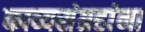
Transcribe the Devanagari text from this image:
काव्यसंग्रहांना